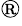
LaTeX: ^\mathrm{\textregistered}